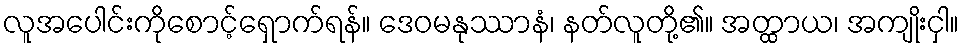
လူအပေါင်းကိုစောင့်ရှောက်ရန်။ ဒေဝမနုဿာနံ၊ နတ်လူတို့၏။ အတ္ထာယ၊ အကျိုးငှါ။